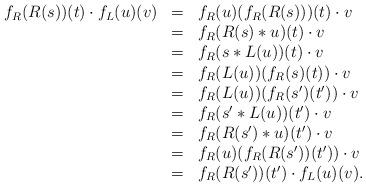
LaTeX: \begin{align*}\begin{array}{lll}f_R(R(s))(t)\cdot f_L(u)(v)&=&f_R(u)(f_R(R(s)))(t)\cdot v\\&=&f_R(R(s)*u)(t)\cdot v\\&=&f_R(s*L(u))(t)\cdot v\\&=&f_R(L(u))(f_R(s)(t))\cdot v\\&=&f_R(L(u))(f_R(s')(t'))\cdot v\\&=&f_R(s'*L(u))(t')\cdot v\\&=&f_R(R(s')*u)(t')\cdot v\\&=&f_R(u)(f_R(R(s'))(t'))\cdot v\\&=&f_R(R(s'))(t')\cdot f_L(u)(v).\end{array}\end{align*}